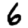
Digit: 6